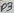
Text: D3